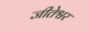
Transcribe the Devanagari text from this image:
जीतेश्वर